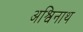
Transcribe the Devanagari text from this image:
अश्विनाथ